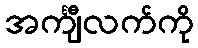
အင်္ကျီလက်ကို